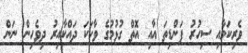
ވެރިކަމާއި ސިހުރު ފަންޑިތަ އާއި އޮތް ގުޅުމުގެ ވާހަކަ ދައްކާއިރު ދިވެހިން ނަން